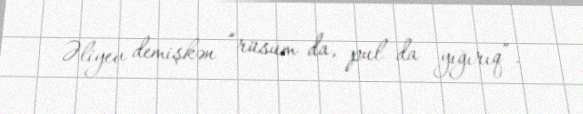
Əliyev demişkən “rüsum da, pul da yığırıq”.